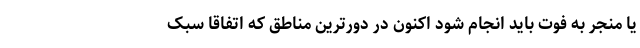
یا منجر به فوت باید انجام شود اکنون در دورترین مناطق که اتفاقاً سبک